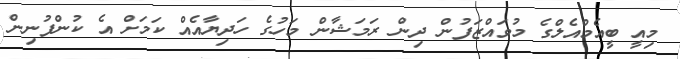
މިއީ ބީއެމްއެލްގެ މުވައްޒަފުން ދިން ރަމަޝާން މަހުގެ ހަދިޔާއެއް ކަމަށް އެ ކުންފުނިން